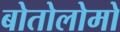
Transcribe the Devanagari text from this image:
बोतोलोमो